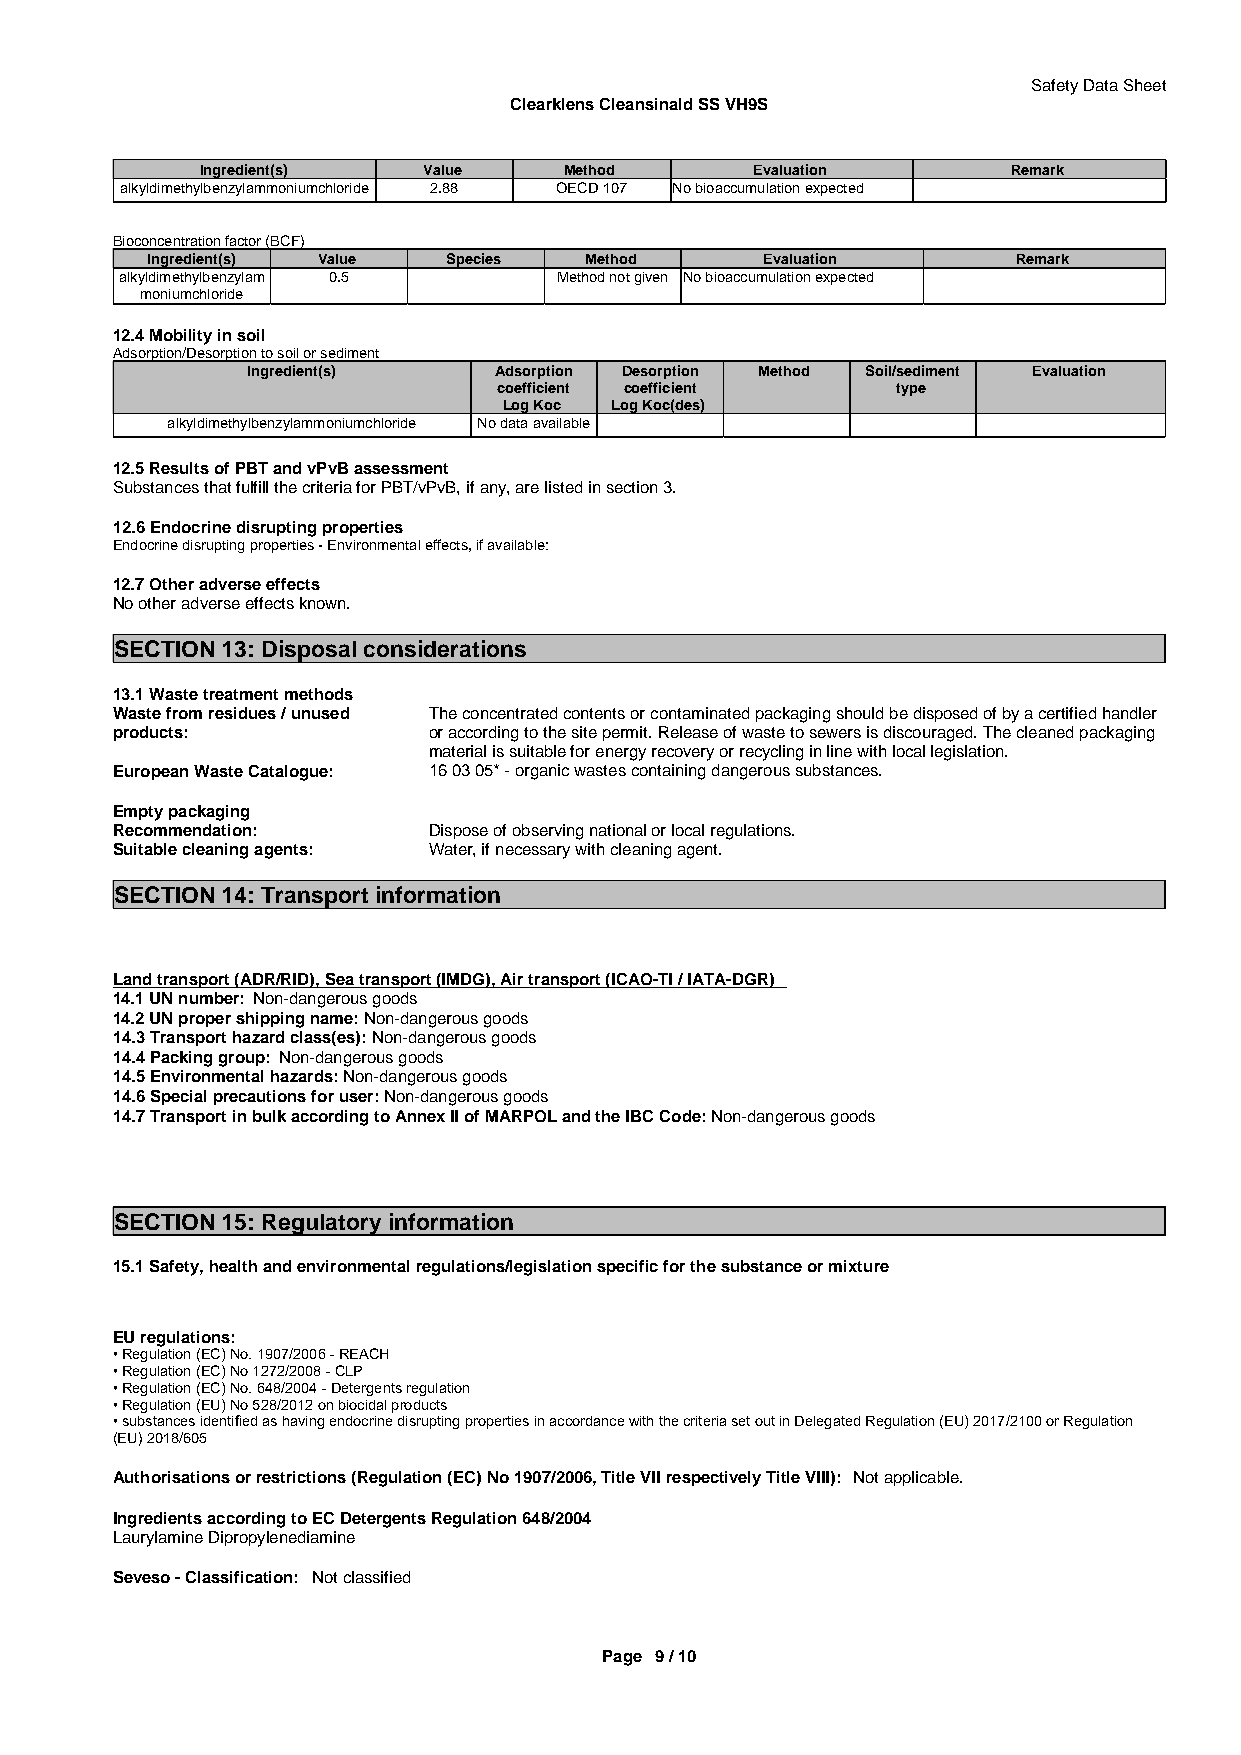
Safety Data Sheet
 Clearklens Cleansinald SS VH9S
 Ingredient(s)  Value    Method       Evaluation       Remark
 alkyldimethylbenzylammoniumchloride 2.88 OECD 107 No bioaccumulation expected
 Bioconcentration factor (BCF)
 Ingredient(s) Value Species  Method      Evaluation      Remark
 alkyldimethylbenzylam 0.5    Method not given No bioaccumulation expected
 moniumchloride
 12.4 Mobility in soil
 Adsorption/Desorption to soil or sediment
 Ingredient(s)    Adsorption Desorption Method Soil/sediment Evaluation
 coefficient coefficient   type
 Log Koc Log Koc(des)
 alkyldimethylbenzylammoniumchloride No data available
 12.5 Results of PBT and vPvB assessment
 Substances that fulfill the criteria for PBT/vPvB, if any, are listed in section 3.
 12.6 Endocrine disrupting properties
 Endocrine disrupting properties - Environmental effects, if available:
 12.7 Other adverse effects
 No other adverse effects known.
 SECTION 13: Disposal considerations
 13.1 Waste treatment methods
 Waste from residues / unused The concentrated contents or contaminated packaging should be disposed of by a certified handler
 products:            or according to the site permit. Release of waste to sewers is discouraged. The cleaned packaging
 material is suitable for energy recovery or recycling in line with local legislation.
 European Waste Catalogue: 16 03 05* - organic wastes containing dangerous substances.
 Empty packaging
 Recommendation:      Dispose of observing national or local regulations.
 Suitable cleaning agents: Water, if necessary with cleaning agent.
 SECTION 14: Transport information
 Land transport (ADR/RID), Sea transport (IMDG), Air transport (ICAO-TI / IATA-DGR)
 14.1 UN number: Non-dangerous goods
 14.2 UN proper shipping name: Non-dangerous goods
 14.3 Transport hazard class(es): Non-dangerous goods
 14.4 Packing group: Non-dangerous goods
 14.5 Environmental hazards: Non-dangerous goods
 14.6 Special precautions for user: Non-dangerous goods
 14.7 Transport in bulk according to Annex II of MARPOL and the IBC Code: Non-dangerous goods
 SECTION 15: Regulatory information
 15.1 Safety, health and environmental regulations/legislation specific for the substance or mixture
 EU regulations:
 • Regulation (EC) No. 1907/2006 - REACH
 • Regulation (EC) No 1272/2008 - CLP
 • Regulation (EC) No. 648/2004 - Detergents regulation
 • Regulation (EU) No 528/2012 on biocidal products
 • substances identified as having endocrine disrupting properties in accordance with the criteria set out in Delegated Regulation (EU) 2017/2100 or Regulation
 (EU) 2018/605
 Authorisations or restrictions (Regulation (EC) No 1907/2006, Title VII respectively Title VIII): Not applicable.
 Ingredients according to EC Detergents Regulation 648/2004
 Laurylamine Dipropylenediamine
 Seveso - Classification: Not classified
 Page 9 / 10